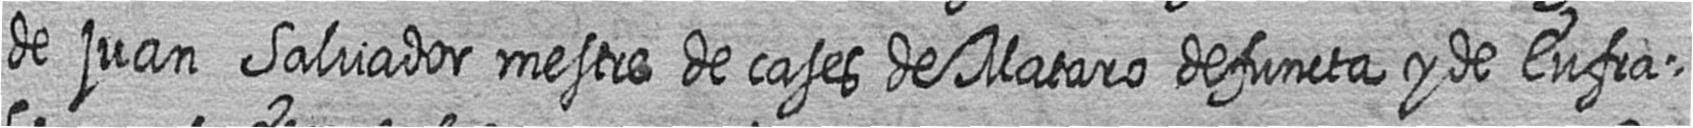
de juan Salvador mestre de cases de Mataro defuncta y de Eufra=